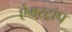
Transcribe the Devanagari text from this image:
ऐमस्ट्राप